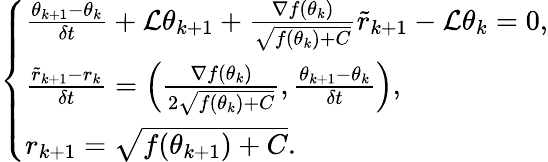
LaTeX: \left\{ \begin{array}{ll}{\frac{\theta_{k+1}-\theta_{k}}{\delta t}+\mathcal{L}\theta_{k+1}+\frac{\nabla f(\theta_{k})}{\sqrt{f({\theta}_{k})+C}}\tilde{r}_{k+1}-\mathcal{L}\theta_{k}=0,}\\ {\frac{\tilde{r}_{k+1}-r_{k}}{\delta t}=\left(\frac{\nabla f({\theta}_{k})}{2\sqrt{f({\theta}_{k})+C}},\frac{\theta_{k+1}-\theta_{k}}{\delta t}\right),}\\ {r_{k+1}=\sqrt{f({\theta}_{k+1})+C}.}\end{array}\right.